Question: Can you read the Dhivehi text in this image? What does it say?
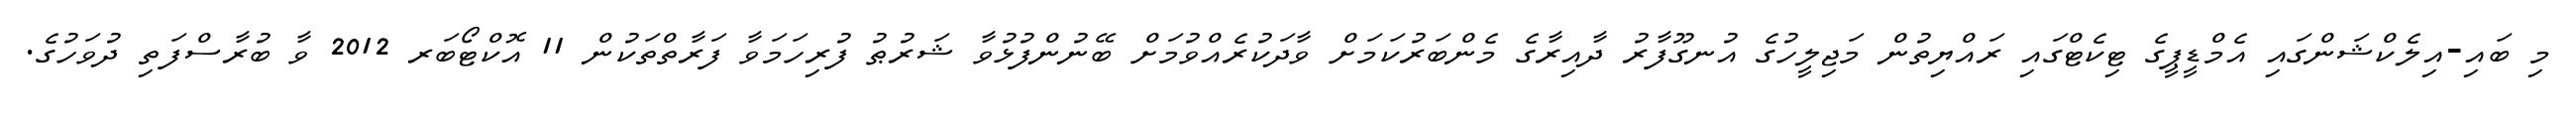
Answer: މި ބައި-އިލެކްޝަންގައި އެމްޑީޕީގެ ޓިކެޓްގައި ރައްޔިތުން މަޖިލީހުގެ އުނގޫފާރު ދާއިރާގެ މެންބަރުކަމަށް ވާދަކުރެއްވުމަށް ބޭނުންފުޅުވާ ޝަރުޠު ފުރިހަމަވާ ފަރާތްތަކުން 11 އޮކްޓޯބަރ 2012 ވާ ބުރާސްފަތި ދުވަހުގެ.